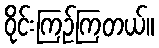
ဝိုင်းကြဉ်ကြတယ်။